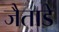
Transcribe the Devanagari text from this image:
जैताडे